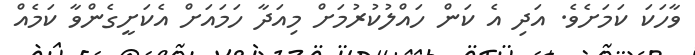
ވާހަކަ ކަމަށެވެ. އަދި އެ ކަން ހައްލުކުރުމަށް މިއަދާ ހަމައަށް އެކަށީގެންވާ ކަމެއް